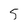
Character: S